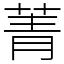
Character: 菁